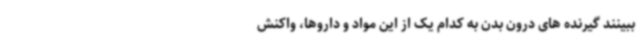
ببینند گیرنده های درون بدن به کدام یک از این مواد و داروها، واکنش